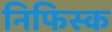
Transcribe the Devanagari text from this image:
निफिस्क